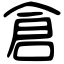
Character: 倉